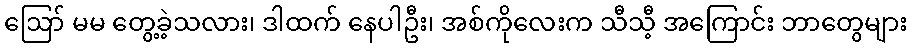
ဪ မမ တွေ့ခဲ့သလား၊ ဒါထက် နေပါဦး၊ အစ်ကိုလေးက သီသီ့ အကြောင်း ဘာတွေများ